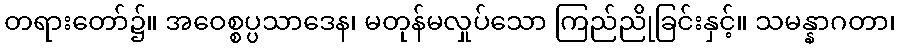
တရားတော်၌။ အဝေစ္စပ္ပသာဒေန၊ မတုန်မလှုပ်သော ကြည်ညိုခြင်းနှင့်။ သမန္နာဂတာ၊